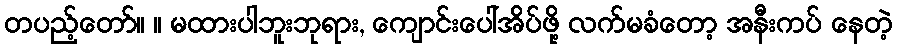
တပည့်တော်။ ။ မထားပါဘူးဘုရား, ကျောင်းပေါ်အိပ်ဖို့ လက်မခံတော့ အနီးကပ် နေတဲ့